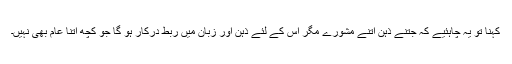
کہنا تو یہ چاہئیے کہ جتنے ذہن اتنے مشورے مگر اس کے لئے ذہن اور زبان میں ربط درکار ہو گا جو کچھ اتنا عام بھی نہیں۔